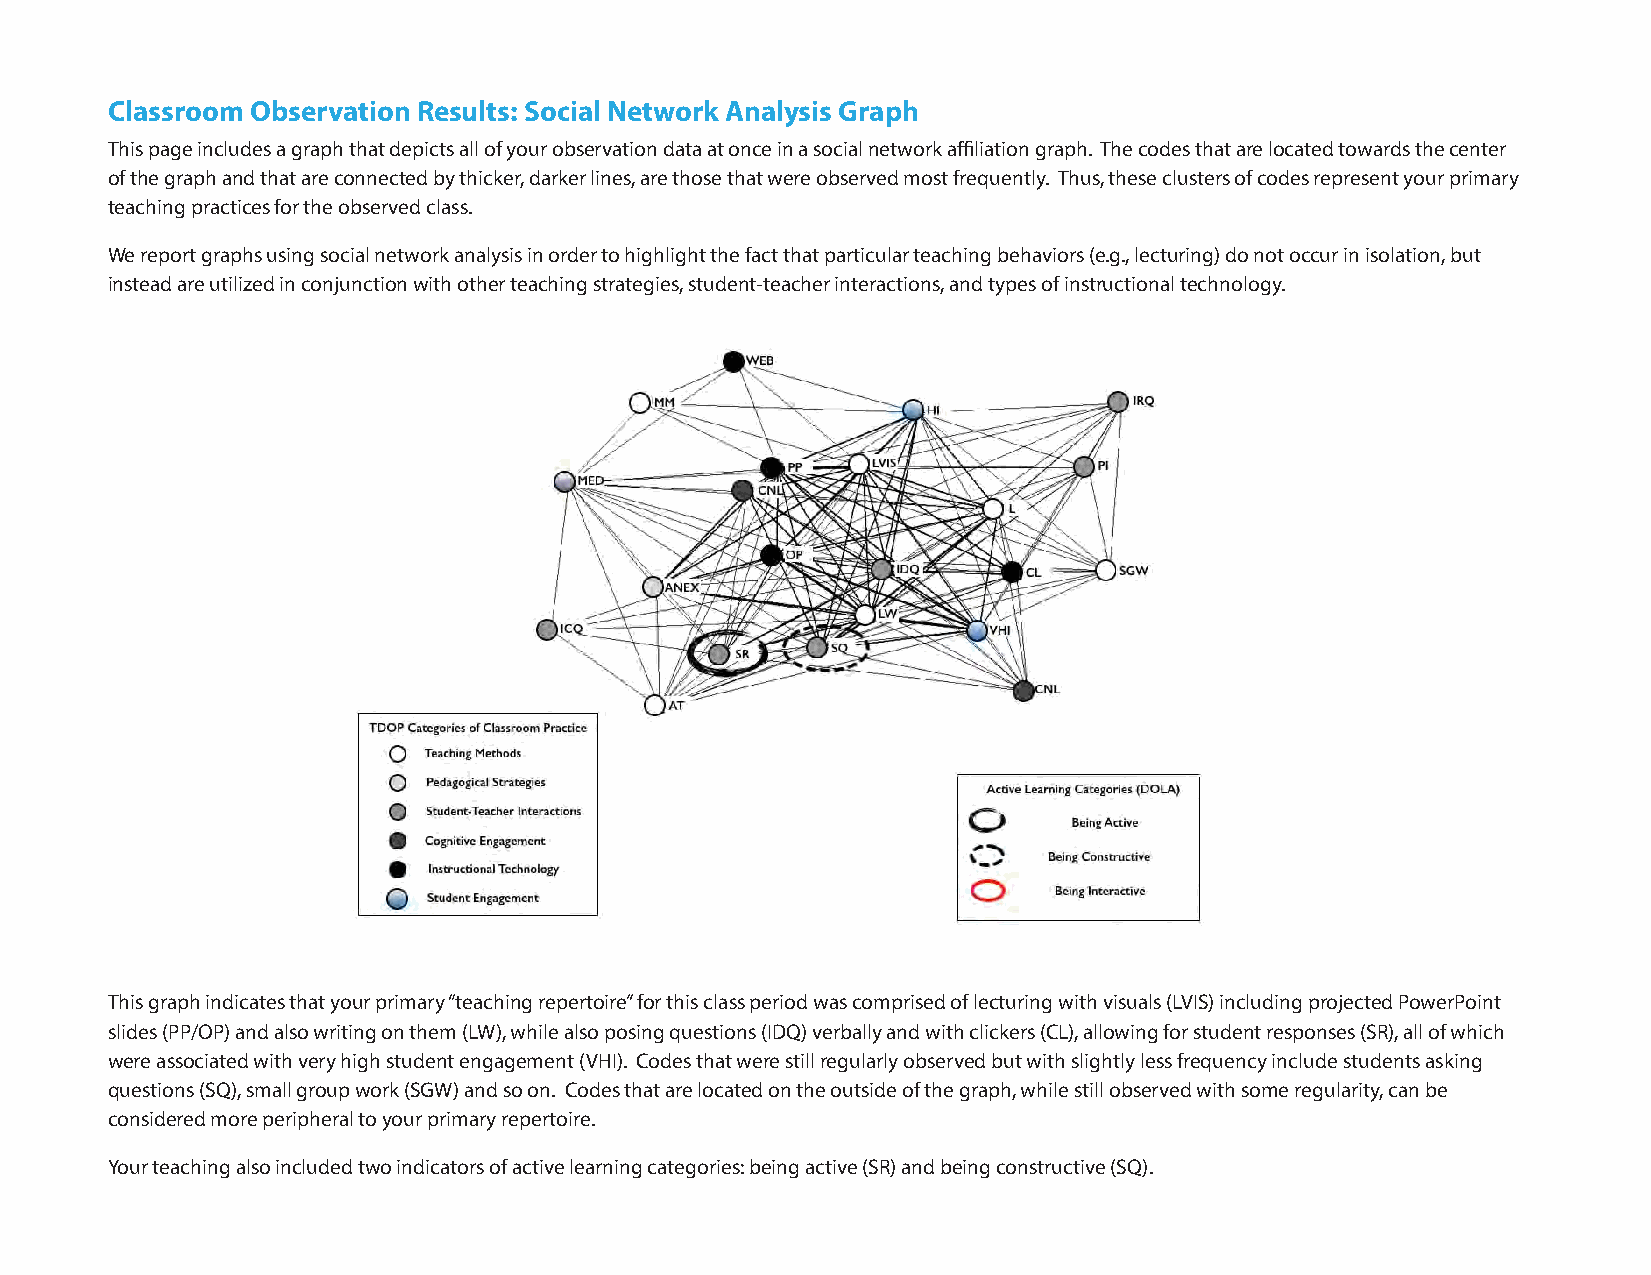
Classroom Observation Results: Social Network Analysis Graph
 This page includes a graph that depicts all of your observation data at once in a social network affiliation graph. The codes that are located towards the center
 of the graph and that are connected by thicker, darker lines, are those that were observed most frequently. Thus, these clusters of codes represent your primary
 teaching practices for the observed class.
 We report graphs using social network analysis in order to highlight the fact that particular teaching behaviors (e.g., lecturing) do not occur in isolation, but
 instead are utilized in conjunction with other teaching strategies, student-teacher interactions, and types of instructional technology.
 This graph indicates that your primary “teaching repertoire” for this class period was comprised of lecturing with visuals (LVIS) including projected PowerPoint
 slides (PP/OP) and also writing on them (LW), while also posing questions (IDQ) verbally and with clickers (CL), allowing for student responses (SR), all of which
 were associated with very high student engagement (VHI). Codes that were still regularly observed but with slightly less frequency include students asking
 questions (SQ), small group work (SGW) and so on. Codes that are located on the outside of the graph, while still observed with some regularity, can be
 considered more peripheral to your primary repertoire.
 Your teaching also included two indicators of active learning categories: being active (SR) and being constructive (SQ).